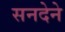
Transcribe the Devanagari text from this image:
सनदेने